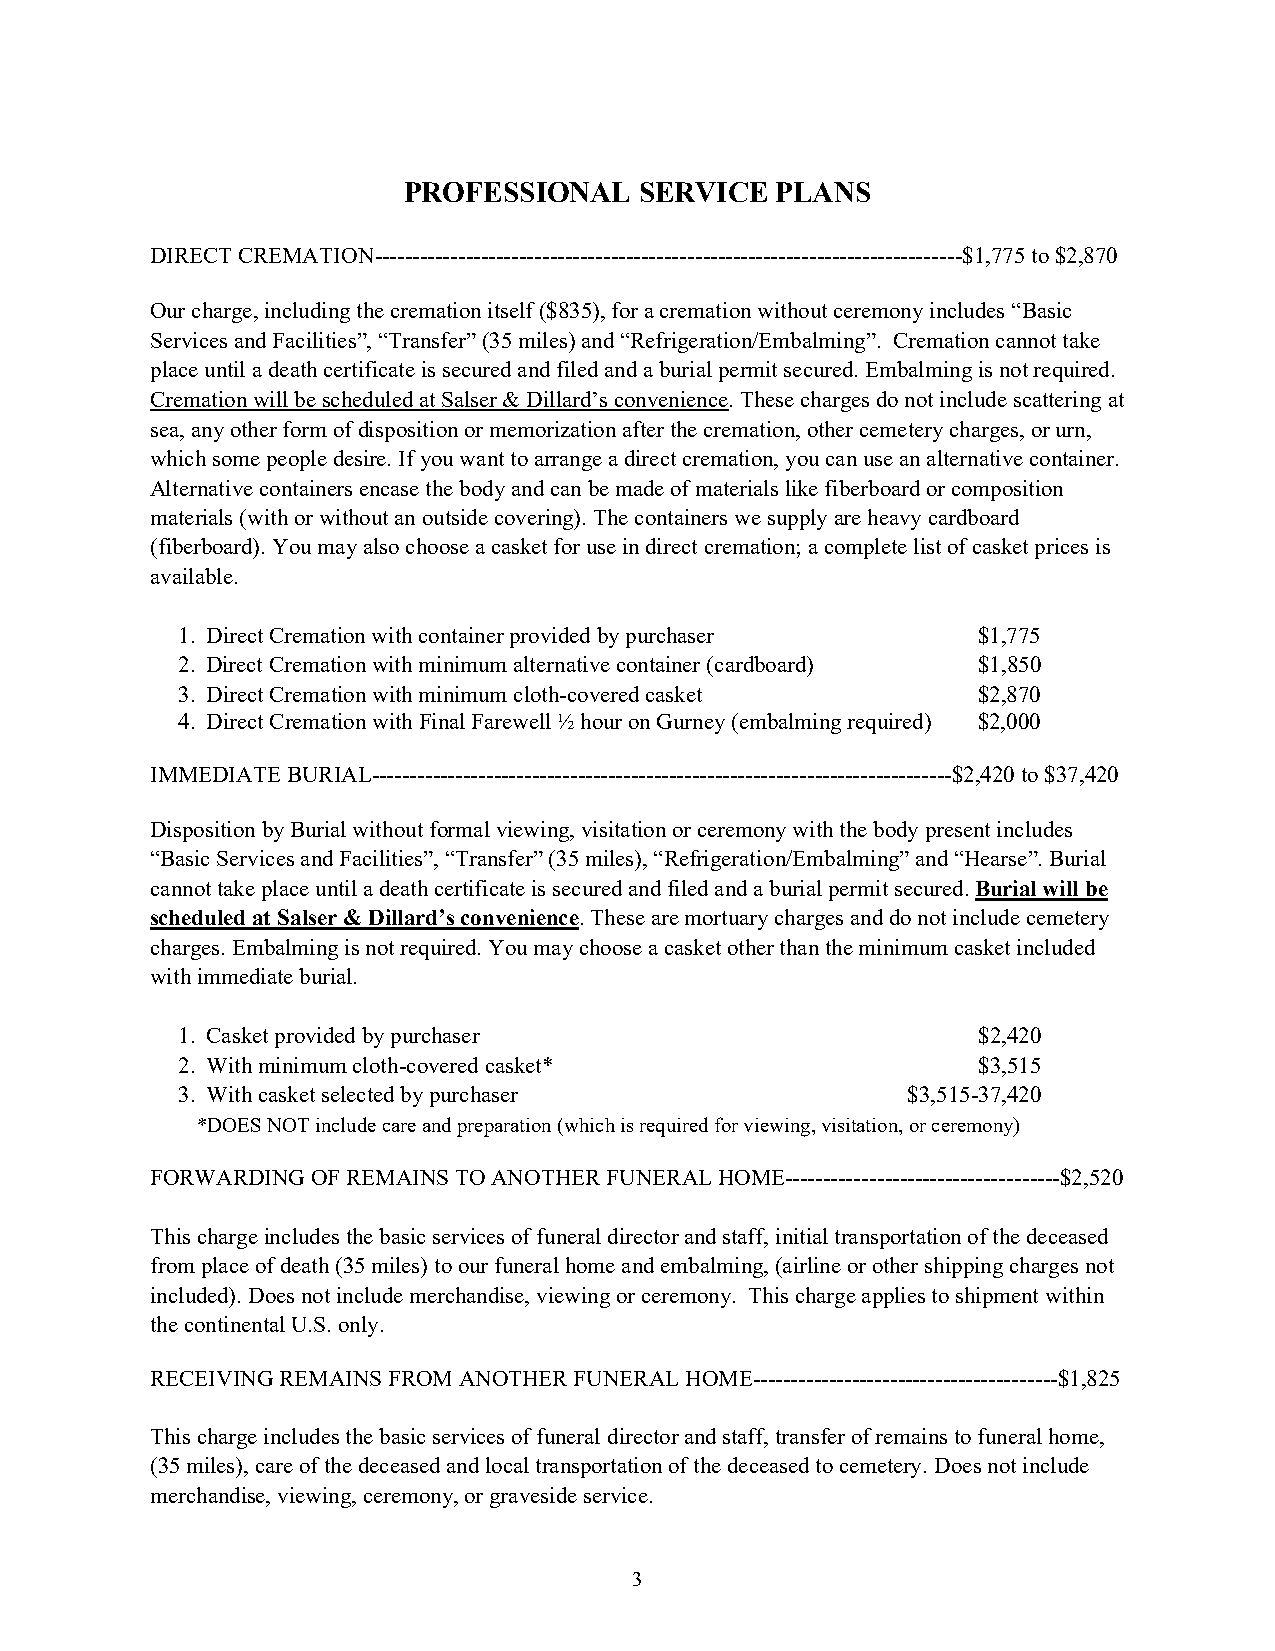
PROFESSIONAL   SERVICE  PLANS
 DIRECT CREMATION-----------------------------------------------------------------------------$1,775 to $2,870
 Our charge, including the cremation itself ($835), for a cremation without ceremony includes “Basic
 Services and Facilities”, “Transfer” (35 miles) and “Refrigeration/Embalming”. Cremation cannot take
 place until a death certificate is secured and filed and a burial permit secured. Embalming is not required.
 Cremation will be scheduled at Salser & Dillard’s convenience. These charges do not include scattering at
 sea, any other form of disposition or memorization after the cremation, other cemetery charges, or urn,
 which some people desire. If you want to arrange a direct cremation, you can use an alternative container.
 Alternative containers encase the body and can be made of materials like fiberboard or composition
 materials (with or without an outside covering). The containers we supply are heavy cardboard
 (fiberboard). You may also choose a casket for use in direct cremation; a complete list of casket prices is
 available.
 1. Direct Cremation with container provided by purchaser $1,775
 2. Direct Cremation with minimum alternative container (cardboard) $1,850
 3. Direct Cremation with minimum cloth-covered casket $2,870
 4. Direct Cremation with Final Farewell ½ hour on Gurney (embalming required) $2,000
 IMMEDIATE BURIAL----------------------------------------------------------------------------$2,420 to $37,420
 Disposition by Burial without formal viewing, visitation or ceremony with the body present includes
 “Basic Services and Facilities”, “Transfer” (35 miles), “Refrigeration/Embalming” and “Hearse”. Burial
 cannot take place until a death certificate is secured and filed and a burial permit secured. Burial will be
 scheduled at Salser & Dillard’s convenience. These are mortuary charges and do not include cemetery
 charges. Embalming is not required. You may choose a casket other than the minimum casket included
 with immediate burial.
 1. Casket provided by purchaser                      $2,420
 2. With minimum cloth-covered casket*                $3,515
 3. With casket selected by purchaser            $3,515-37,420
 *DOES NOT include care and preparation (which is required for viewing, visitation, or ceremony)
 FORWARDING OF REMAINS TO ANOTHER FUNERAL HOME------------------------------------$2,520
 This charge includes the basic services of funeral director and staff, initial transportation of the deceased
 from place of death (35 miles) to our funeral home and embalming, (airline or other shipping charges not
 included). Does not include merchandise, viewing or ceremony. This charge applies to shipment within
 the continental U.S. only.
 RECEIVING REMAINS FROM ANOTHER FUNERAL HOME----------------------------------------$1,825
 This charge includes the basic services of funeral director and staff, transfer of remains to funeral home,
 (35 miles), care of the deceased and local transportation of the deceased to cemetery. Does not include
 merchandise, viewing, ceremony, or graveside service.
 3